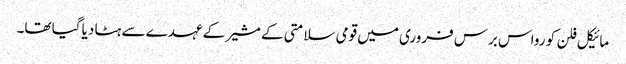
مائیکل فلن کو رواس برس فروری میں قومی سلامتی کے مشیر کے عہدے سے ہٹا دیا گیا تھا۔